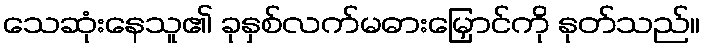
သေဆုံးနေသူ၏ ခုနှစ်လက်မဓားမြှောင်ကို နုတ်သည်။